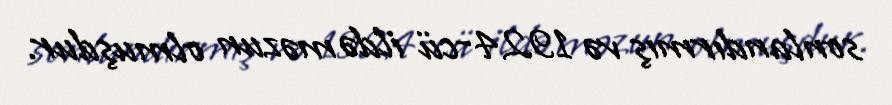
sonlandırmış və 1924-cü ildə məzun olmuşdur.